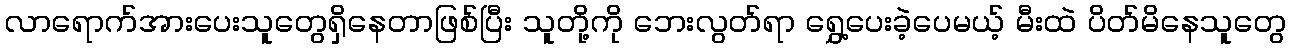
လာရောက်အားပေးသူတွေရှိနေတာဖြစ်ပြီး သူတို့ကို ဘေးလွတ်ရာ ရွှေ့ပေးခဲ့ပေမယ့် မီးထဲ ပိတ်မိနေသူတွေ